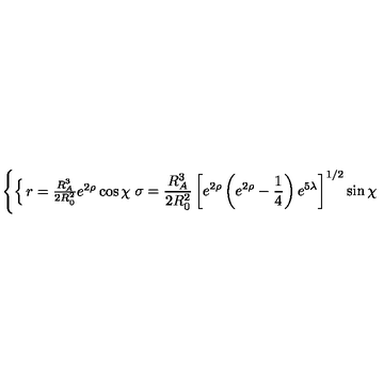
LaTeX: \left\{ \begin{cases} { r = \frac { R _ { A } ^ { 3 } } { 2 R _ { 0 } ^ { 2 } } e ^ { 2 \rho } \cos \chi } \\ { \sigma = \frac { R _ { A } ^ { 3 } } { 2 R _ { 0 } ^ { 2 } } \left[ e ^ { 2 \rho } \left( e ^ { 2 \rho } - \frac { 1 } { 4 } \right) e ^ { 5 \lambda } \right] ^ { 1 / 2 } \sin \chi } \\ \end{cases} \right.